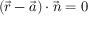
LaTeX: ( { \vec { r } } - { \vec { a } } ) \cdot { \vec { n } } = 0